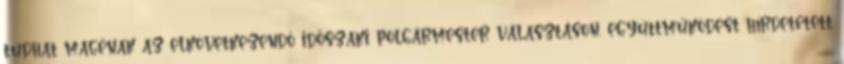
tudhat magénak az elkövetkezendő időszaki polgármester választáson, együttműködést hírdetetett